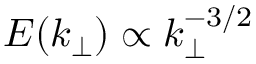
E ( k _ { \perp } ) \propto k _ { \perp } ^ { - 3 / 2 }